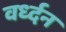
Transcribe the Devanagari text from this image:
वर्ध्दन